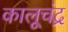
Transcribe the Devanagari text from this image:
कालूचंद्र